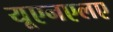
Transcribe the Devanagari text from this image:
यूएनएलए